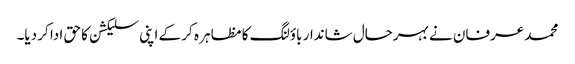
محمد عرفان نے بہرحال شاندار باؤلنگ کا مظاہر ہ کر کے اپنی سلیکشن کا حق ادا کر دیا۔